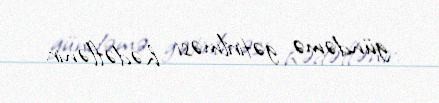
gündəmə gətirilməsi hədəflənir.